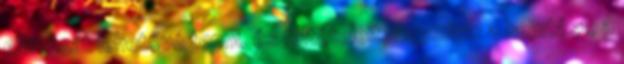
ellátását lehetővé tenni, és feltételeit, úgymint: a bejutást, a